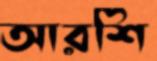
আরশি